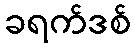
ခရက်ဒစ်